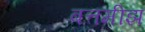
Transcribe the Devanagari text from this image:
बत्तमीझ